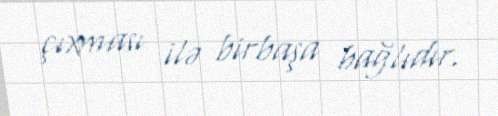
çıxması ilə birbaşa bağlıdır.